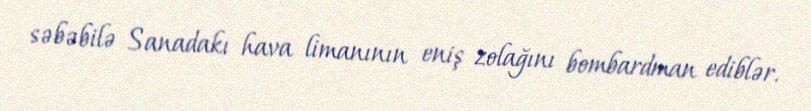
səbəbilə Sanadakı hava limanının eniş zolağını bombardman ediblər.